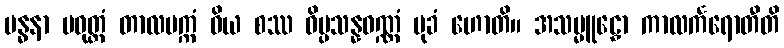
ဗန္ဓနာ ပဝုတ္တံ တာလပက္ကံ ဝိယ စဿ ဝိပ္ပသန္နဝဏ္ဏံ မုခံ ဟောတိ။ အသမ္မူဠှော ကာလင်္ကရောတီတိ